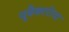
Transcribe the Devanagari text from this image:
यूबैक्टरीया